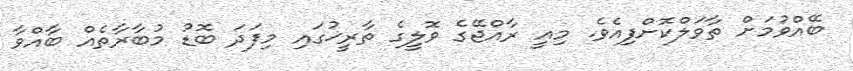
ބޭއްވުމަށް ތާވަލްކޮށްފިއެވެ. މިއީ ރާއްޖޭގެ ވޮލީގެ ތާރީޚުގައި މިފަދަ ބޮޑު މުބާރާތެއް ބާއްވާ